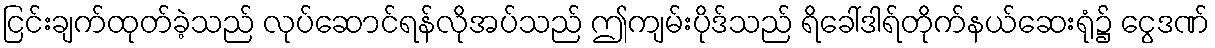
ငြင်းချက်ထုတ်ခဲ့သည် လုပ်ဆောင်ရန်လိုအပ်သည် ဤကျမ်းပိုဒ်သည် ရိခေါ်ဒါရ်တိုက်နယ်ဆေးရုံ၌ ငွေဒဏ်